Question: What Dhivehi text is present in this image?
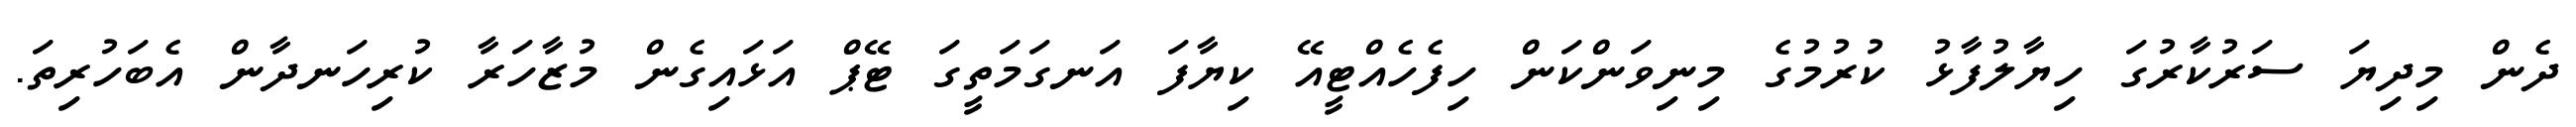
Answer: ދެން މިދިޔަ ސަރުކާރުގަ ހިޔާލުފާޅު ކުރުމުގެ މިނިވަންކަން ހިފެހެއްޓީއޭ ކިޔާފަ އަނގަމަތީގަ ޓޭޕް އަޅައިގެން މުޒާހަރާ ކުރިހަނދާން އެބަހުރިތަ.